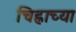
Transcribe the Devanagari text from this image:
चिह्नाच्या